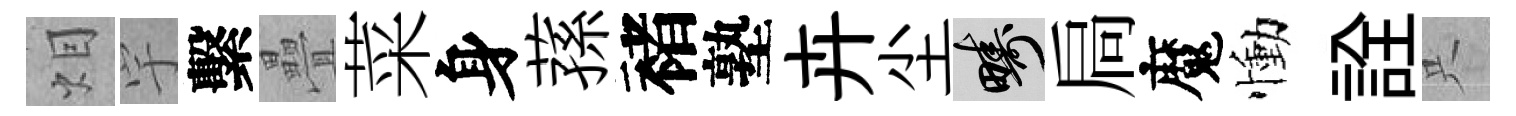
𤇆宇繫疊菜身蓀褚塾卉尘疇扃魔慟詮只